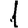
Digit: 1